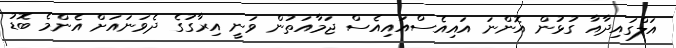
އަލްގައިދާއާ ގުޅުން އޮންނަ އައިއެސްއައިއެސް ޖަމާއަތުން ވަނީ އިރާގުގެ ދެވަނައަށް އެންމެ ބޮޑު